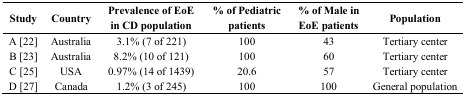
<table><thead><tr><td><b>Study</b></td><td><b>Country</b></td><td><b>Prevalence of EoE in CD population</b></td><td><b>% of Pediatric patients</b></td><td><b>% of Male in EoE patients</b></td><td><b>Population</b></td></tr></thead><tbody><tr><td>A [22]</td><td>Australia</td><td>3.1% (7 of 221)</td><td>100</td><td>43</td><td>Tertiary center</td></tr><tr><td>B [23]</td><td>Australia</td><td>8.2% (10 of 121)</td><td>100</td><td>60</td><td>Tertiary center</td></tr><tr><td>C [25]</td><td>USA</td><td>0.97% (14 of 1439)</td><td>20.6</td><td>57</td><td>Tertiary center</td></tr><tr><td>D [27]</td><td>Canada</td><td>1.2% (3 of 245)</td><td>100</td><td>100</td><td>General population</td></tr></tbody></table>